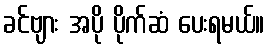
ခင်ဗျား အပို ပိုက်ဆံ ပေးရမယ်။